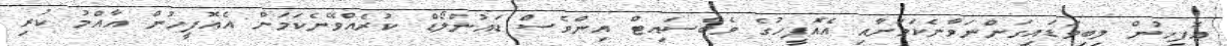
އޮފީހުން ލިބިވަޑައިގަންނަވާނެކަމަށާއި އެއޮފީހުގެ ވެބްސައިޓް އިންވެސް ޑައުންލޯޑް ކުރެއްވޭނެކަމަށް އެއޮފީހުން އާއްމު ކުރި